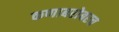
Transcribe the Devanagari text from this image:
कणाबरोबरच